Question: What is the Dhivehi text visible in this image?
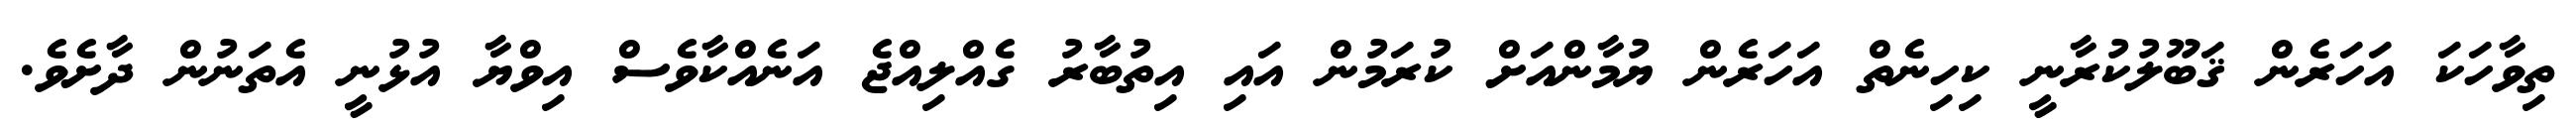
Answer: ތިވާހަކަ އަހަރެން ޤަބޫލުކުރާނީ ކިހިނެތް އަހަރެން ޔުމާންއަށް ކުރަމުން އައި އިތުބާރު ގެއްލިއްޖެ އަނެއްކާވެސް އިވްޔާ އުޅުނީ އެތަނުން ދާށެވެ.